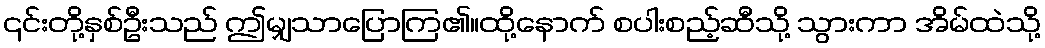
၎င်းတို့နှစ်ဦးသည် ဤမျှသာပြောကြ၏။ထို့နောက် စပါးစည့်ဆီသို့ သွားကာ အိမ်ထဲသို့